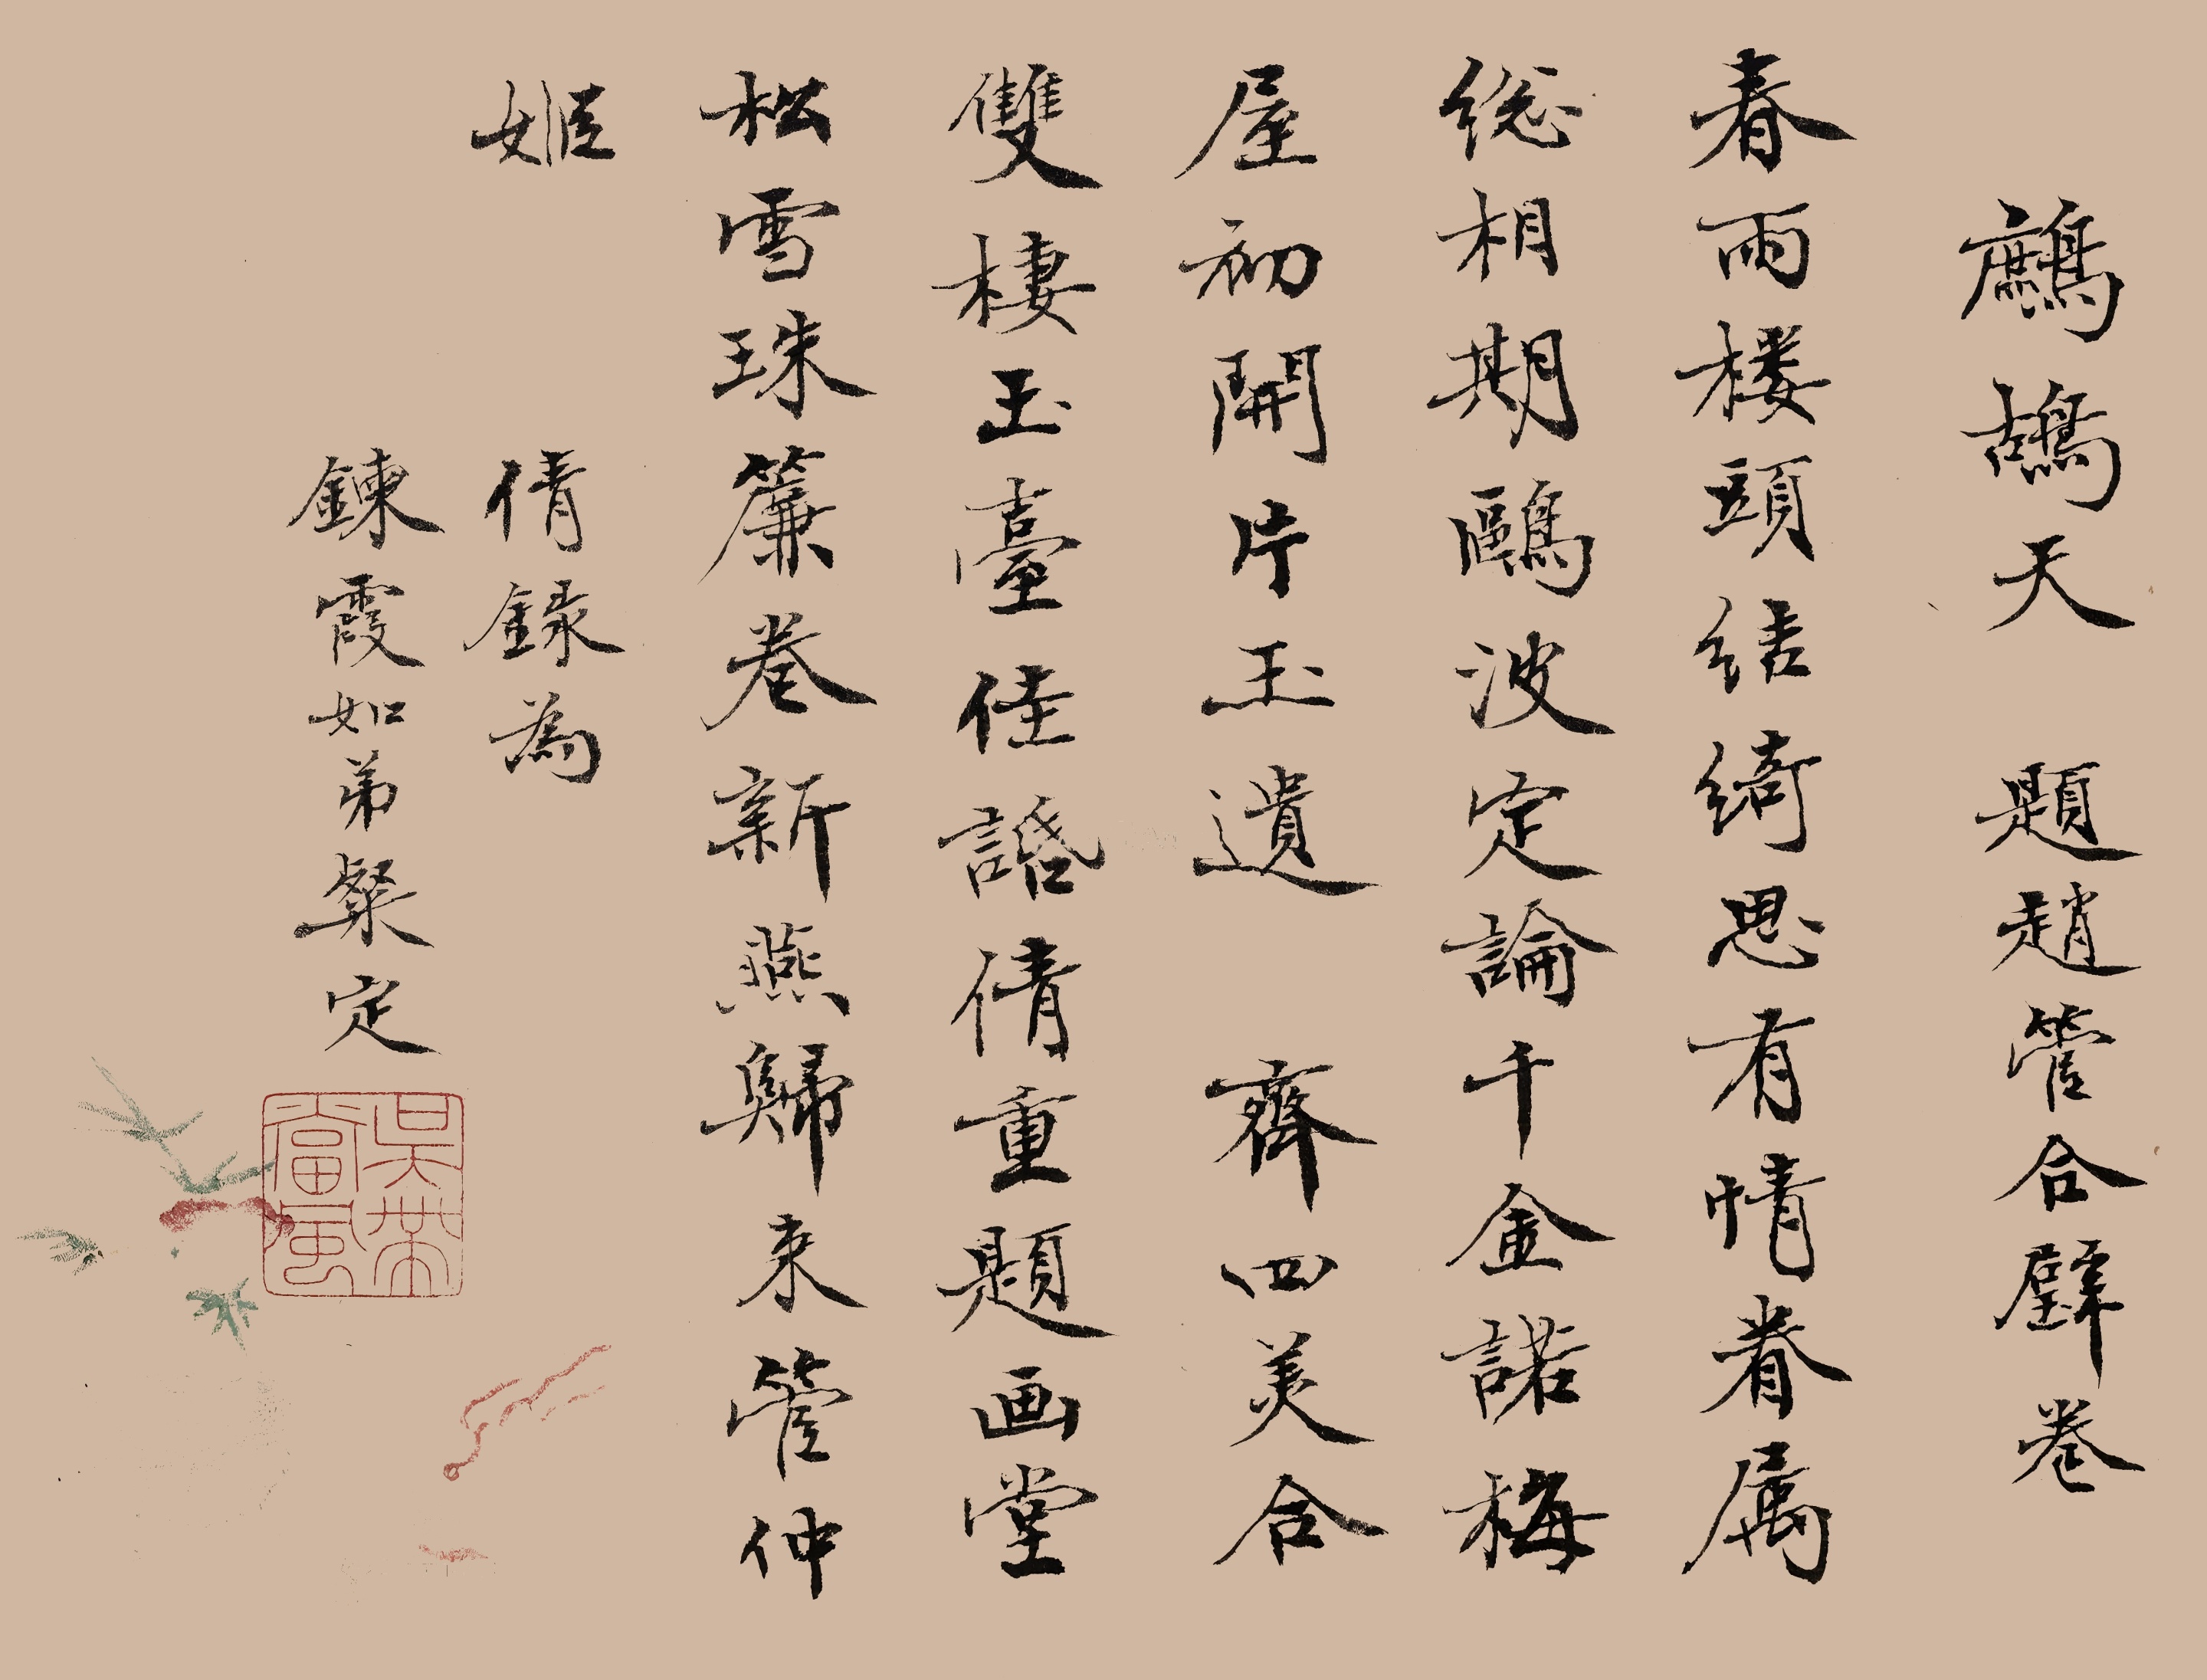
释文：鹧鸪天，题赵管合璧卷。春雨楼头结绮思。有情眷属总相期。鸥波定论千金诺，梅屋初开片玉遗。齐四美，合双栖。玉台佳话倩重题。画堂松雪珠帘卷，新燕归来管仲姬。倩录为霞如弟粲定。